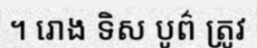
។ រោង ទិស បូព៌ ត្រូវ